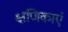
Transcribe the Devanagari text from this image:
क्षणिकाएं